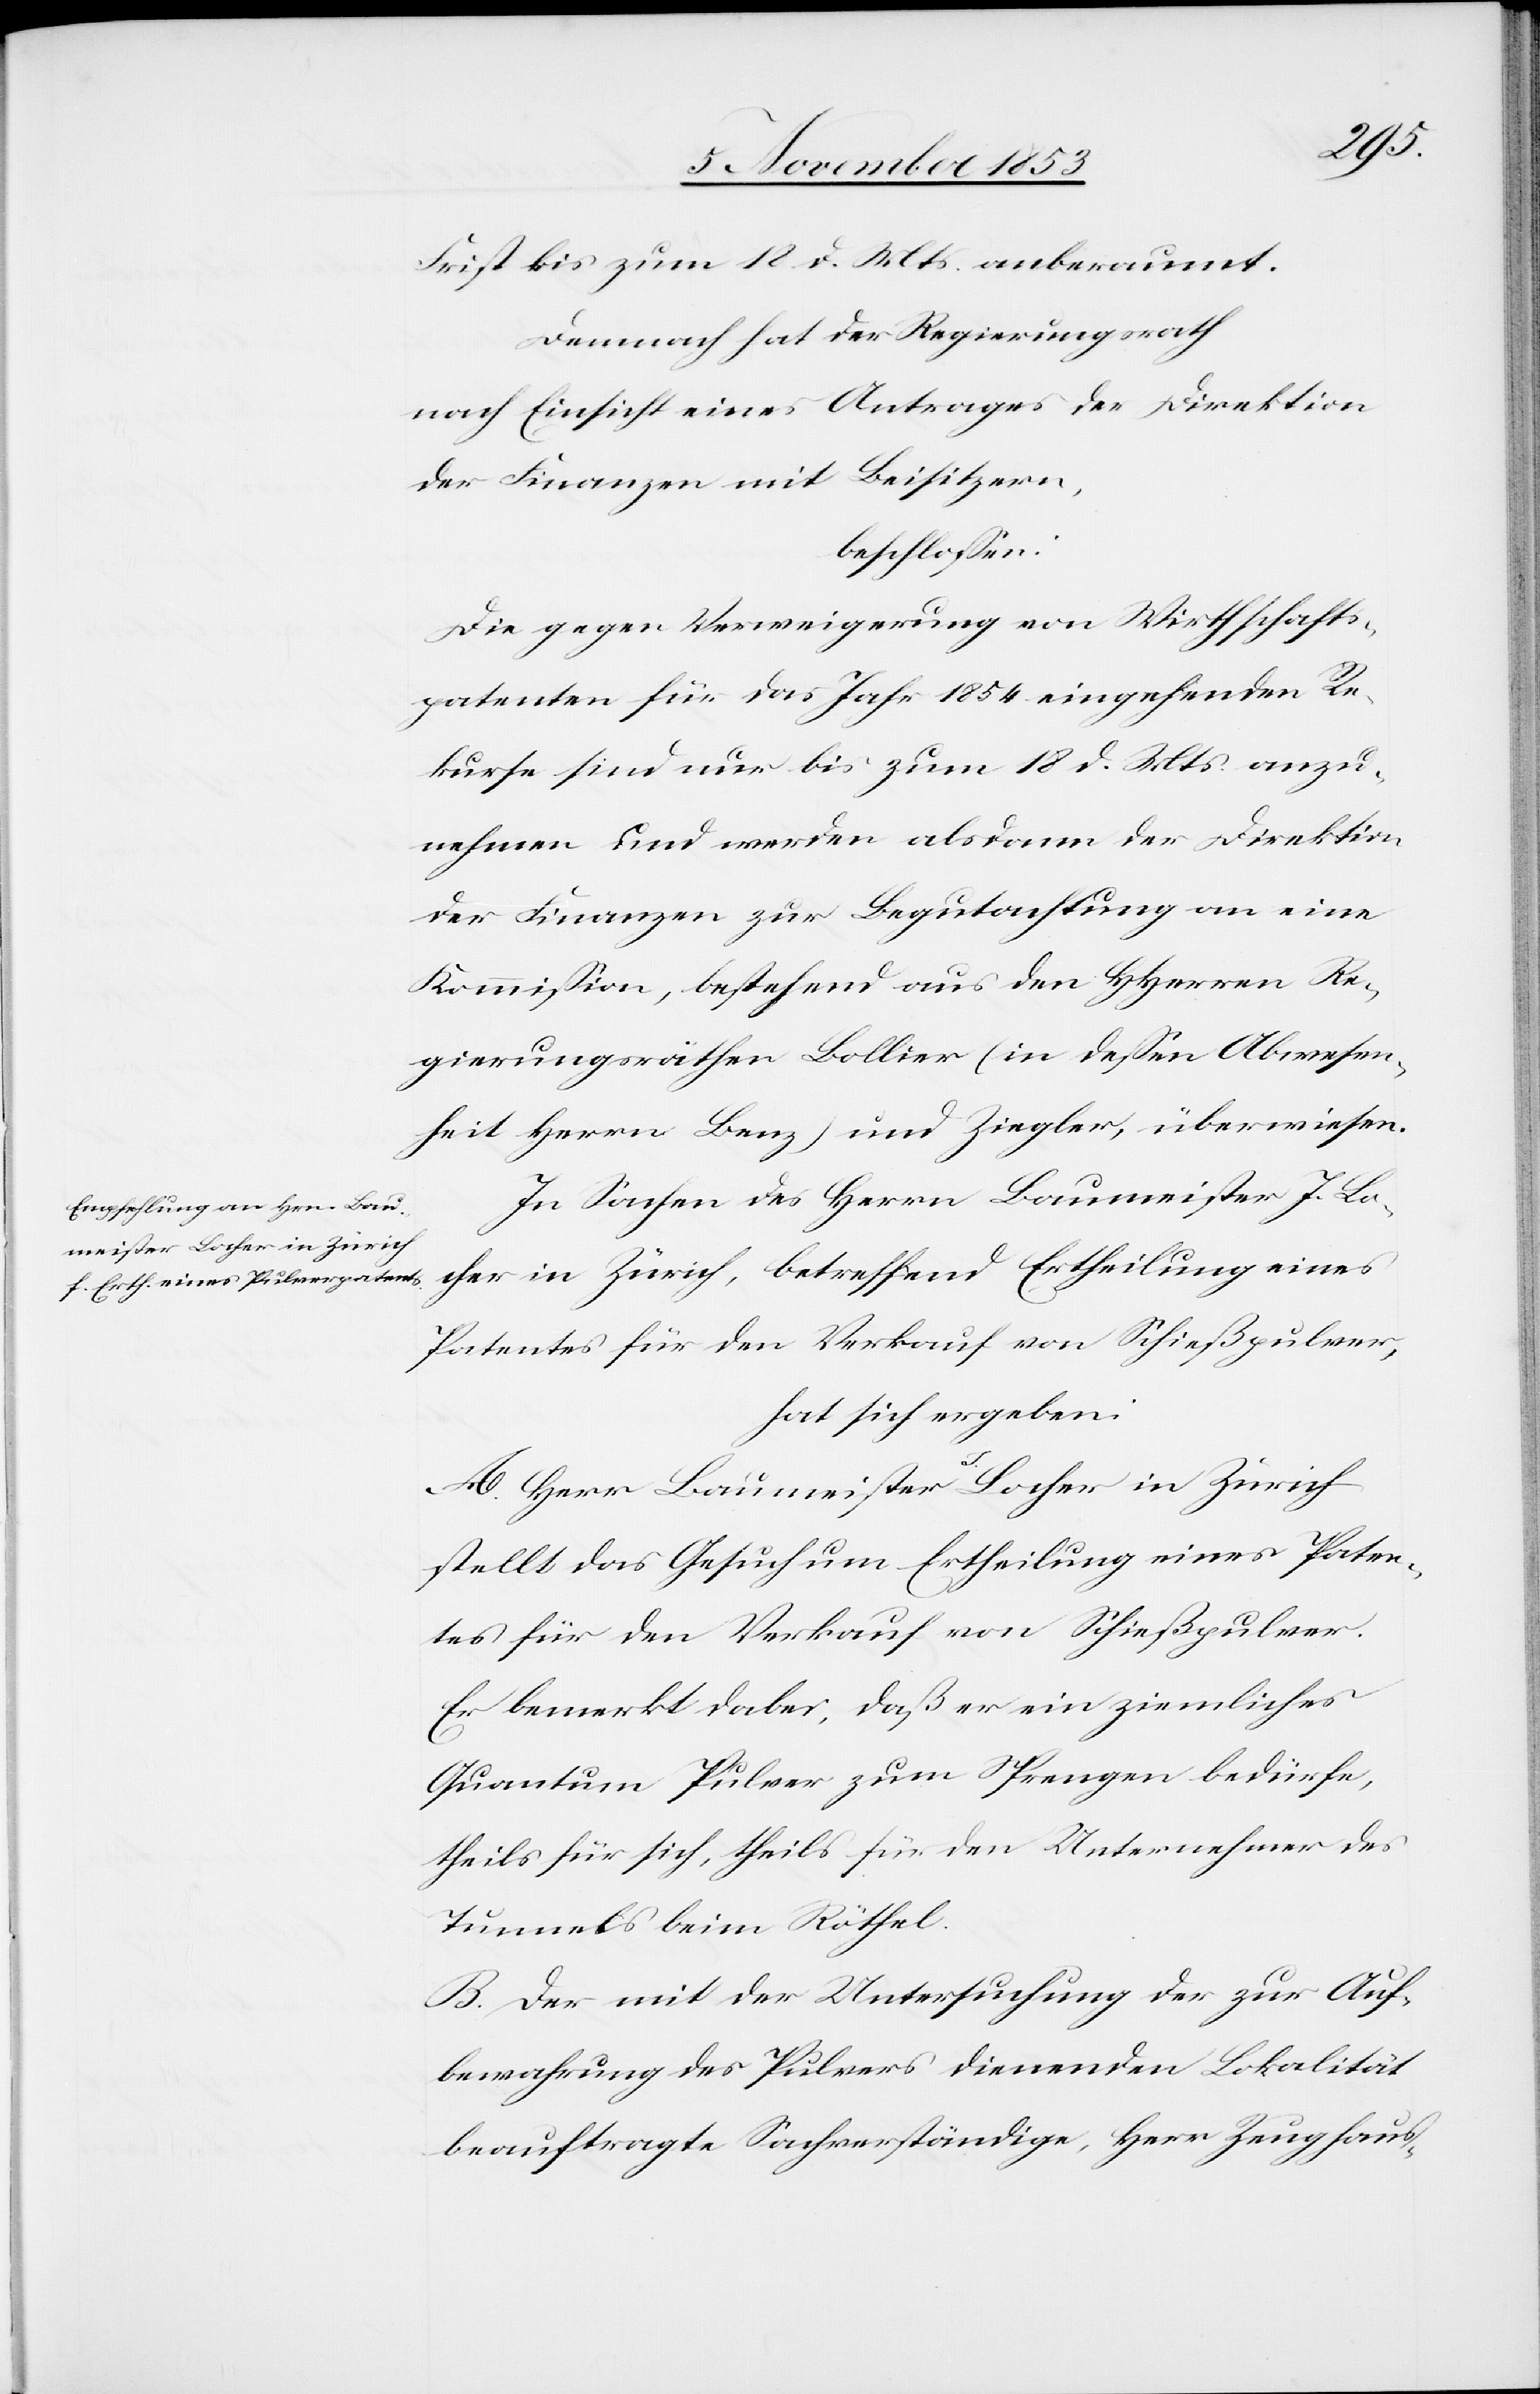
Frist bis zum 12 d. Mts. anberaumt.
Demnach hat der Regierungsrath
nach Einsicht eines Antrages der Direktion
der Finanzen mit Beisitzern,
beschloßen:
Die gegen Verweigerung von Wirthschafts¬
patenten für das Jahr 1854 eingehenden Re¬
kurse sind nur bis zum 18 d. Mts. anzu¬
nehmen und werden alsdann der Direktion
der Finanzen zur Begutachtung an eine
Kommißion, bestehend aus den HHerrn Re¬
gierungsräthen Bollier (in deßen Abwesen¬
heit Herrn Benz) und Ziegler, überwiesen.
In Sachen des Herrn Baumeister J. Lo¬
cher in Zürich, betreffend Ertheilung eines
Patentes für den Verkauf von Schießpulver,
hat sich ergeben:
A. Herr Baumeister J. Locher in Zürich
stellt das Gesuch um Ertheilung eines Paten¬
tes für den Verkauf von Schießpulver.
Er bemerkt dabei, daß er ein ziemliches
Quantum Pulver zum Sprengen bedürfe,
theils für sich, theils für den Unternehmer des
Tunnels beim Röthel.
B. Der mit der Untersuchung der zur Auf¬
bewahrung des Pulvers dienenden Lokalität
beauftragte Sachverständige, Herr Zeughaus-